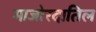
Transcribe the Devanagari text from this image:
माजोरदातिल